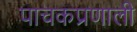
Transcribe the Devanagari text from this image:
पाचकप्रणाली